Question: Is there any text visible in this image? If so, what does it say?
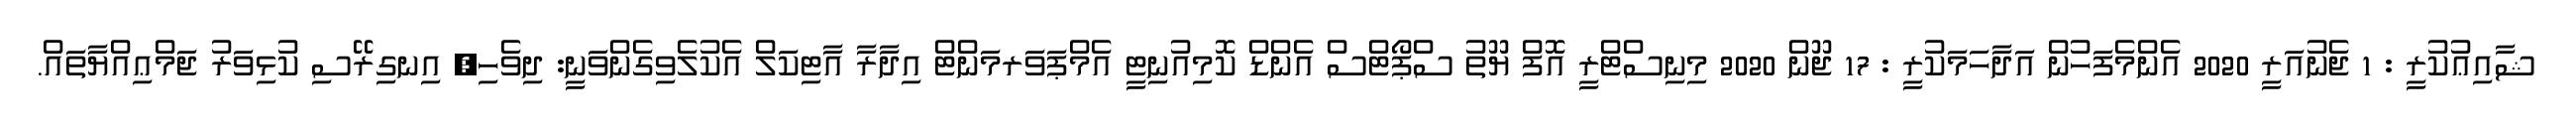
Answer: ޝާއިޢުކުރީ : 1 ޖެނުއަރީ 2020 އެންމެފަހުން އަދާހަމަކުރީ : 17 ޖޫން 2020 މިނިސްޓްރީ އޮފް ޔޫތު ސްޕޯޓްސް އެންޑް ކޮމިއުނިޓީ އެމްޕަވަރމަންޓް އިދާރާ އާޓިކަލް އެކުލެވިގެންވަނީ: ދިވެހި, އިނގިރޭސި ކުޅިވަރު ޖަމްޢިއްޔާތައް.